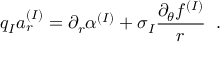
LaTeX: q _ { I } a _ { r } ^ { ( I ) } = \partial _ { r } \alpha ^ { ( I ) } + \sigma _ { I } \frac { \partial _ { \theta } f ^ { ( I ) } } { r } \; \; .